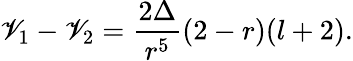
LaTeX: \mathscr{V}_{1}-\mathscr{V}_{2}=\frac{{2\Delta}}{{r^{5}}}(2-r)(l+2).